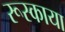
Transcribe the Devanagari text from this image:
रूस्काया